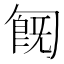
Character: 𠣹